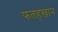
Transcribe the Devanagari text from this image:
फतहखान